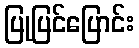
ပြုပြင်ပြောင်း